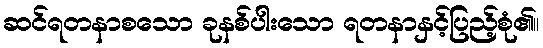
ဆင်ရတနာစသော ခုနစ်ပါးသော ရတနာနှင့်ပြည့်စုံ၏။